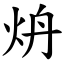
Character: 炿